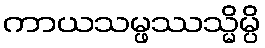
ကာယသမ္ဖဿသ္မိမ္ပိ